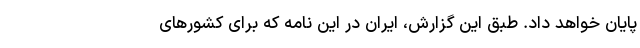
پایان خواهد داد. طبق این گزارش، ایران در این نامه که برای کشورهای